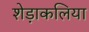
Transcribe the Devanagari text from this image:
शेड़ाकलिया